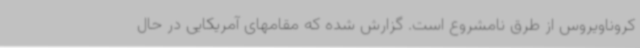
کروناویروس از طرق نامشروع است. گزارش شده که مقامهای آمریکایی در حال